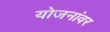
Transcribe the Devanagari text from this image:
योजनांवर